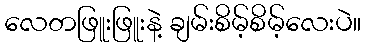
လေတဖြူးဖြူးနဲ့ ချမ်းစိမ့်စိမ့်လေးပဲ။